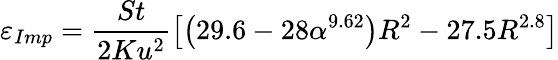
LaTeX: \varepsilon_{Imp}=\frac{St}{2Ku^{2}}\left[\left(29.6-28\alpha^{9.62}\right)R^{2}-27.5R^{2.8}\right]